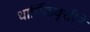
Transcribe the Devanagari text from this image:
धार्मिकवृत्तीने